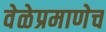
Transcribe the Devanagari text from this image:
वेळेप्रमाणेच